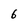
Character: 6